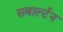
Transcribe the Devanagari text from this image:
सबार्ल्टन